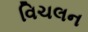
વિચલન